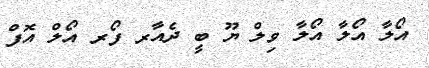
އޯލާ އޯލާ އޯލާ ވިލް ޔޫ ބީ ދެއާރ ފޯރ އޯލް އޮފް